Vaccination in Bombay 1913-1923 - 1913-1923
Year: 1913
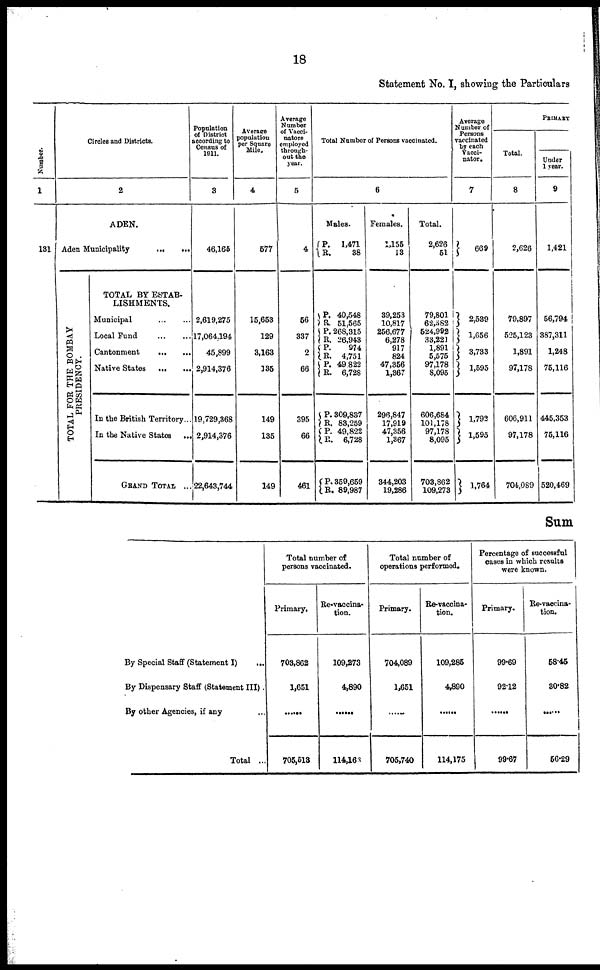
18
Statement No. I, showing the Particulars
Number.
1
131
Circles and Districts.
2
ADEN.
Aden Municipality
...
...
TOTAL FOR THE BOMBAY
PRESIDENCY.
TOTAL BY ESTAB¬
LISHMENTS.
Municipal
...
...
Local Fund
...
...
Cantonment
...
...
Native States
...
...
In the British Territory...
In the Native States
...
GRAND TOTAL ...
Population
of District
according to
Census of
1911.
3
46,165
2,619,275
17,064,194
45,899
2,914,376
19,729,368
2,914,376
22,643,744
Average
population
per Square
Mile.
4
577
15,653
129
3,163
135
149
135
149
Average
Number
of Vacci¬
natore
employed
through-
out the
year.
5
4
56
337
2
66
395
66
461
Total Number of Persons vaccinated.
6
Males.
P.
R. 1,471
38
P.
R.
P. R.
P·
R.
P.
R.
P.
R.
P.
R.
P.
R.
40,548
51,565
268,315
26,943
974
4,751
49,822
6,728
309,837
83,259
49,822
6,728
359,659
89,987
Females.
1,155
13
39,253
10,817
256,677
6,278
917
824
47,356
1,367
296,847
17,919
47,356
1,367
344,203
19,286
Total.
2,626
51
79,801
62,582
524,992
33,221
1,891
5,575
97,178
8,095
606,684
101,178
97,178
8,095
703,862
109,273
Average
Number of
Persons
vaccinated
by each
Vacci¬
nator.
7
669
2,539
1,656
3,733
1,595
1,792
1,595
1,764
PRIMARY
Total.
8
2,626
79,897
525,123
1,891
97,178
606,911
97,178
704,089
Under
1 year.
9
1,421
56,794
387,311
1,248
75,116
445,353
75,116
520,469
Sum
By Special Staff (Statement I) ...
By Dispensary Staff (Statement III).
By other Agencies, if any ...
Total ...
Total number of
persons vaccinated.
Primary.
703,862
1,651
......
705,513
Re-vaccina¬
tion.
109,273
4,890
......
114,163
Total number of
operations performed.
Primary.
704,089
1,651
......
705,740
Re-vaccina-
tion.
109,285
4,890
......
114,175
Percentage of successful
cases in which results
were known.
Primary.
99·69
92.12
......
99·67
Re-vaccina-
tion.
58.45
30.82
......
56.29